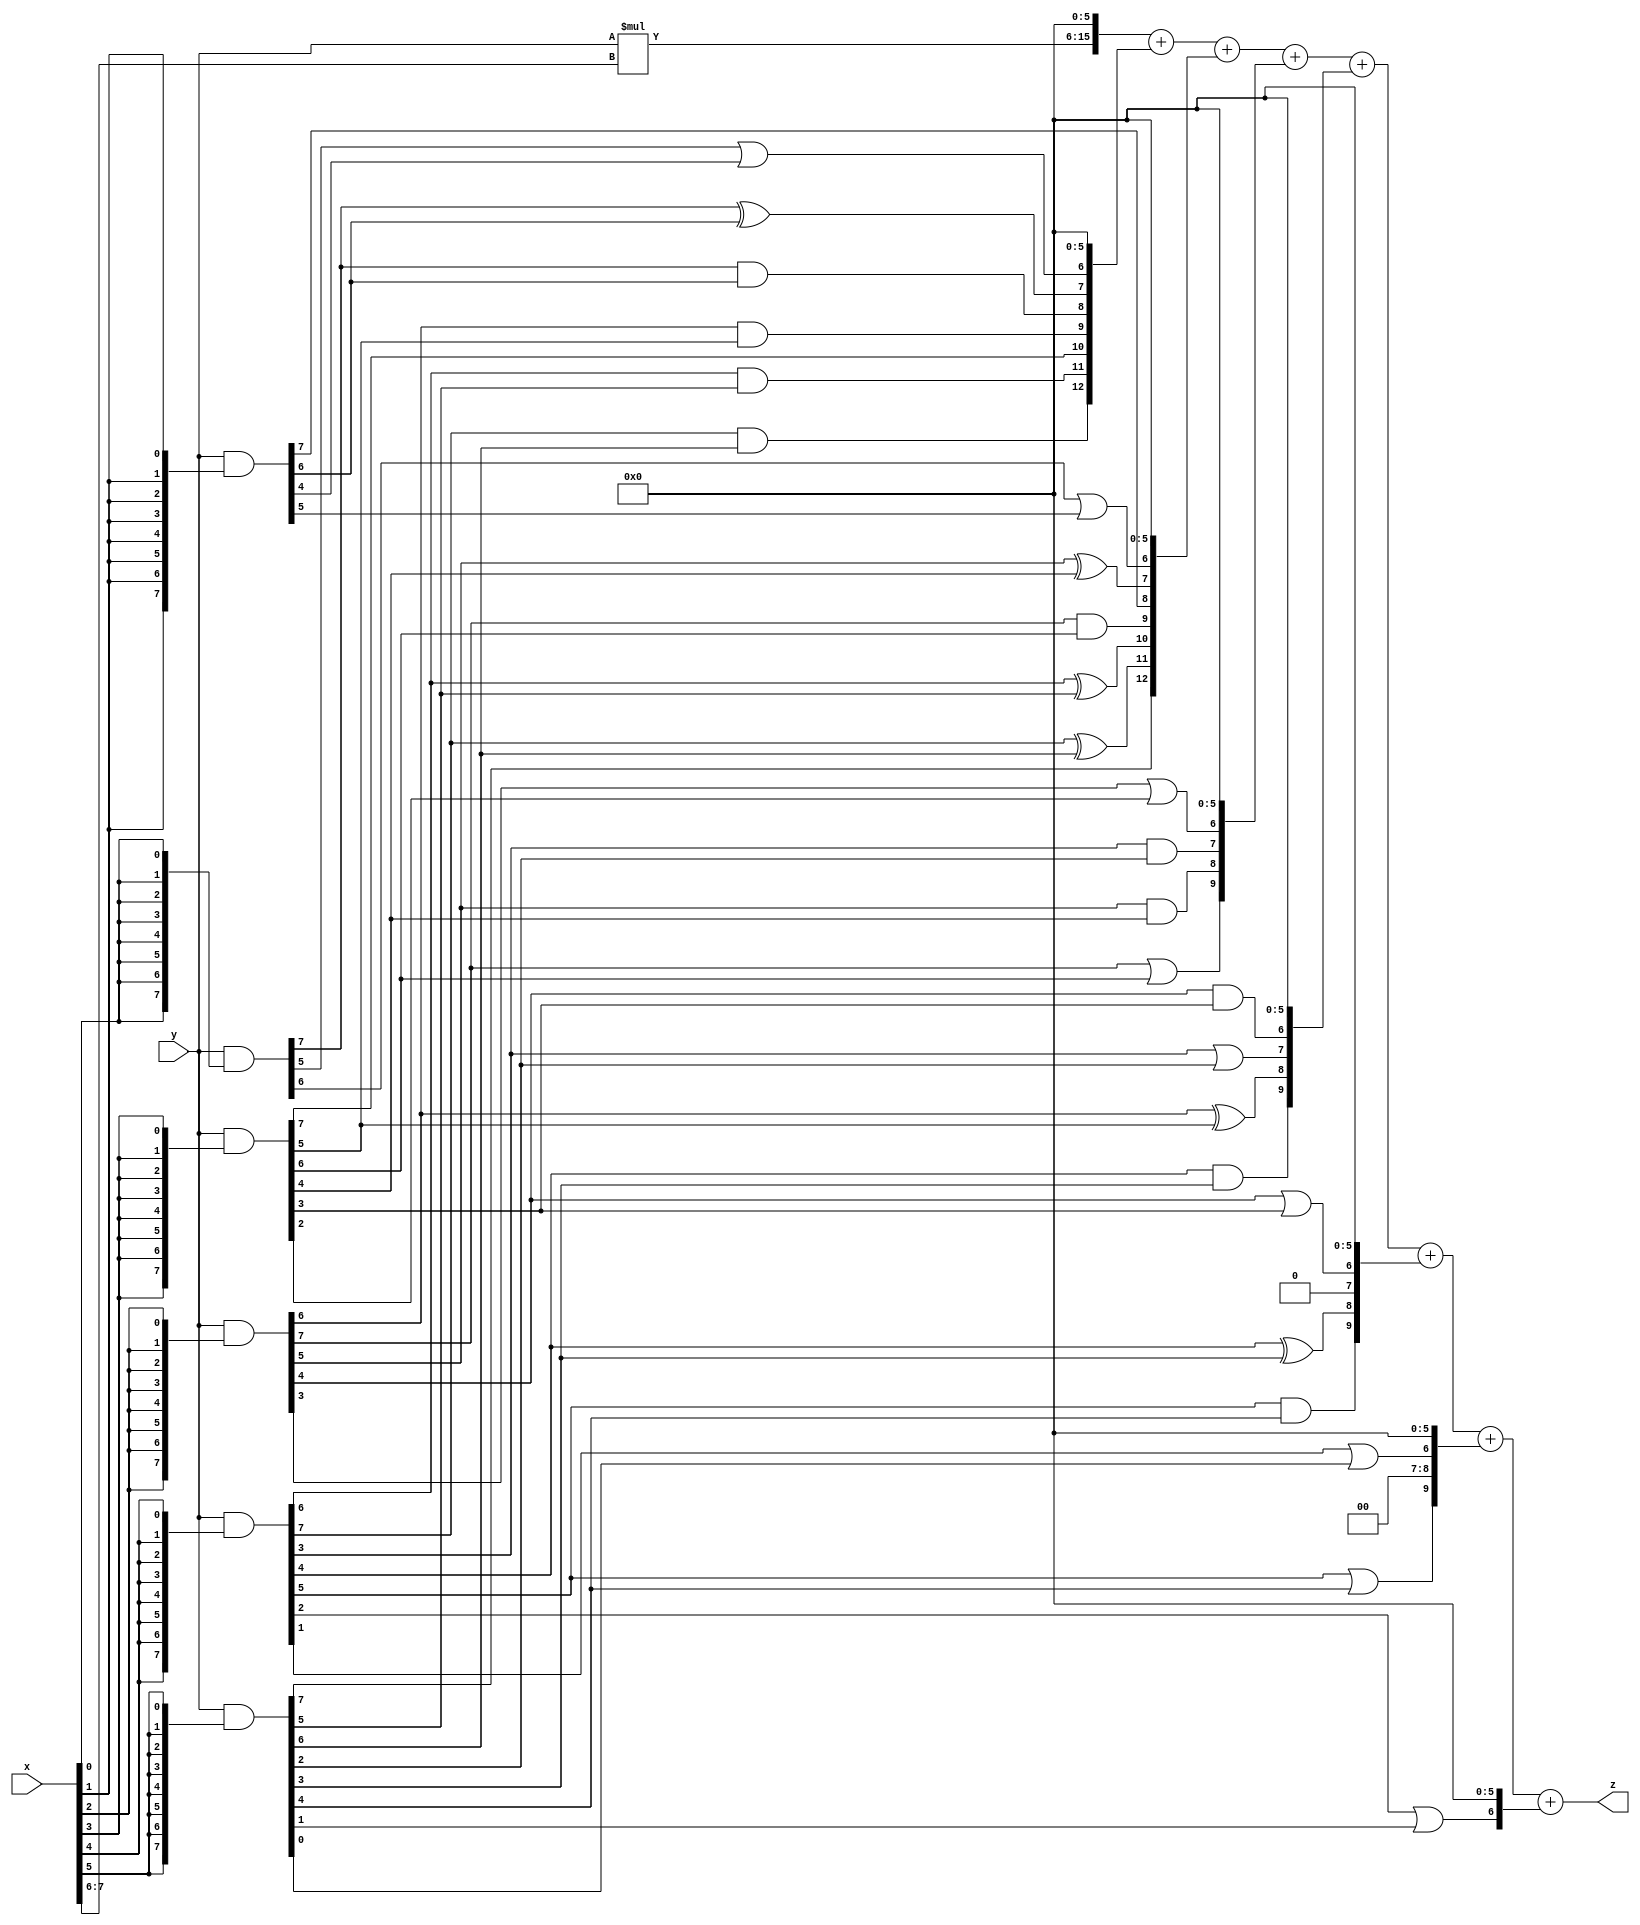
// terms: 28
// fval:  12706.25

module unsigned_8x8_l6_lamb400_5 (
	input [7:0] x,
	input [7:0] y,
	output [15:0] z
);

wire [9:0] tmp_z = y*x[7:6];

wire [7:0] part1 =  y & {8{x[0]}};
wire [7:0] part2 =  y & {8{x[1]}};
wire [7:0] part3 =  y & {8{x[2]}};
wire [7:0] part4 =  y & {8{x[3]}};
wire [7:0] part5 =  y & {8{x[4]}};
wire [7:0] part6 =  y & {8{x[5]}};

wire [12:0] new_part1;
assign new_part1[0] = 0;
assign new_part1[1] = 0;
assign new_part1[2] = 0;
assign new_part1[3] = 0;
assign new_part1[4] = 0;
assign new_part1[5] = 0;
assign new_part1[6] = part1[5] | part2[4];
assign new_part1[7] = part1[7] ^ part2[6];
assign new_part1[8] = part1[7] & part2[6];
assign new_part1[9] = part3[6] & part4[5];
assign new_part1[10] = part4[7];
assign new_part1[11] = part5[6] & part6[5];
assign new_part1[12] = part5[7] & part6[6];

wire [12:0] new_part2;
assign new_part2[0] = 0;
assign new_part2[1] = 0;
assign new_part2[2] = 0;
assign new_part2[3] = 0;
assign new_part2[4] = 0;
assign new_part2[5] = 0;
assign new_part2[6] = part1[6] | part2[5];
assign new_part2[7] = part3[5] ^ part4[4];
assign new_part2[8] = part2[7];
assign new_part2[9] = part3[7] & part4[6];
assign new_part2[10] = part5[6] ^ part6[5];
assign new_part2[11] = part5[7] ^ part6[6];
assign new_part2[12] = part6[7];

wire [9:0] new_part3;
assign new_part3[0] = 0;
assign new_part3[1] = 0;
assign new_part3[2] = 0;
assign new_part3[3] = 0;
assign new_part3[4] = 0;
assign new_part3[5] = 0;
assign new_part3[6] = part3[3] | part4[2];
assign new_part3[7] = part5[3] & part6[2];
assign new_part3[8] = part3[5] & part4[4];
assign new_part3[9] = part3[7] | part4[6];

wire [9:0] new_part4;
assign new_part4[0] = 0;
assign new_part4[1] = 0;
assign new_part4[2] = 0;
assign new_part4[3] = 0;
assign new_part4[4] = 0;
assign new_part4[5] = 0;
assign new_part4[6] = part3[4] & part4[3];
assign new_part4[7] = part5[3] | part6[2];
assign new_part4[8] = part3[6] ^ part4[5];
assign new_part4[9] = part5[4] & part6[3];

wire [9:0] new_part5;
assign new_part5[0] = 0;
assign new_part5[1] = 0;
assign new_part5[2] = 0;
assign new_part5[3] = 0;
assign new_part5[4] = 0;
assign new_part5[5] = 0;
assign new_part5[6] = part3[4] | part4[3];
assign new_part5[7] = 0;
assign new_part5[8] = part5[4] ^ part6[3];
assign new_part5[9] = part5[5] & part6[4];

wire [9:0] new_part6;
assign new_part6[0] = 0;
assign new_part6[1] = 0;
assign new_part6[2] = 0;
assign new_part6[3] = 0;
assign new_part6[4] = 0;
assign new_part6[5] = 0;
assign new_part6[6] = part5[1] | part6[0];
assign new_part6[7] = 0;
assign new_part6[8] = 0;
assign new_part6[9] = part5[5] | part6[4];

wire [6:0] new_part7;
assign new_part7[0] = 0;
assign new_part7[1] = 0;
assign new_part7[2] = 0;
assign new_part7[3] = 0;
assign new_part7[4] = 0;
assign new_part7[5] = 0;
assign new_part7[6] = part5[2] | part6[1];

assign z = {tmp_z, 6'd 0} + new_part1 + new_part2 + new_part3 + new_part4 + new_part5 + new_part6 + new_part7;
endmodule